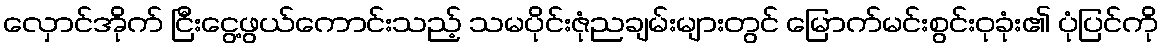
လှောင်အိုက် ငြီးငွေ့ဖွယ်ကောင်းသည့် သမပိုင်းဇုံညချမ်းများတွင် မြောက်မင်းစွင်းဝုခုံး၏ ပုံပြင်ကို